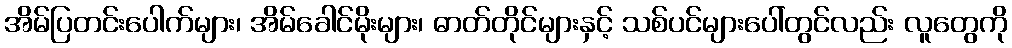
အိမ်ပြတင်းပေါက်များ၊ အိမ်ခေါင်မိုးများ၊ ဓာတ်တိုင်များနှင့် သစ်ပင်များပေါ်တွင်လည်း လူတွေကို